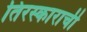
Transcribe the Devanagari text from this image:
तिरस्काराची